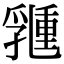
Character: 𠄉